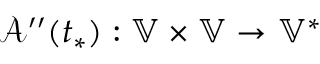
\mathcal { A } ^ { \prime \prime } ( t _ { * } ) : \mathbb { V } \times \mathbb { V } \to \mathbb { V } ^ { * }